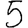
Digit: 5